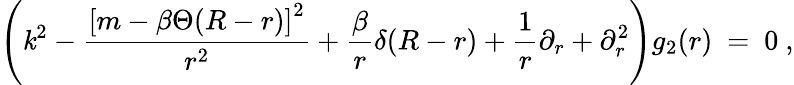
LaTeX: \left(\mathit{k}^{2}-\frac{{\left[m-\beta\Theta(R-r)\right]^{2}}}{{r^{2}}}+\frac{{\beta}}{{r}}\delta(R-r)+\frac{1}{r}\partial_{r}+\partial_{r}^{2}\right)g_{2}(r)\ =\ 0\ ,